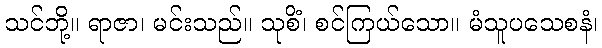
သင်ဘို့။ ရာဇာ၊ မင်းသည်။ သုစိံ၊ စင်ကြယ်သော။ မံသူပသေစနံ၊